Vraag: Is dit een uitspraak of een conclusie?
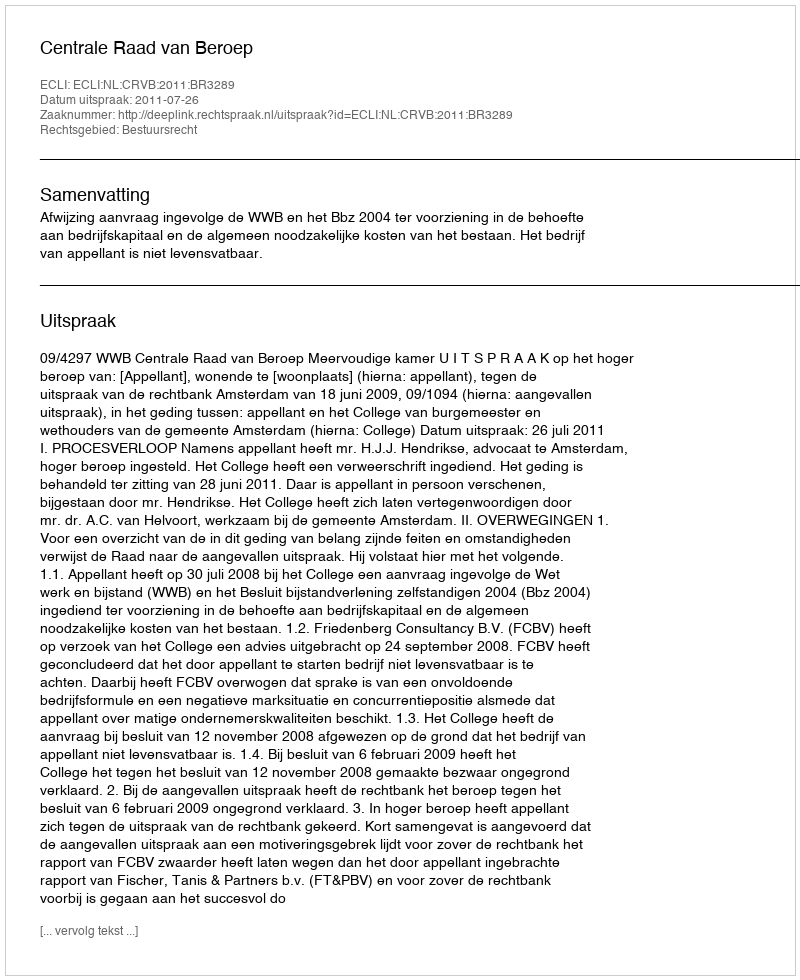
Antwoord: Uitspraak